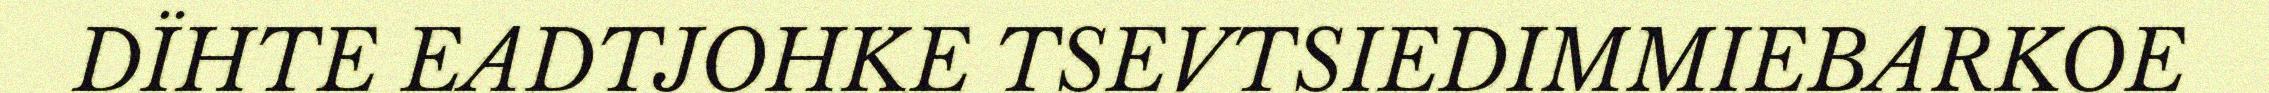
DÏHTE EADTJOHKE TSEVTSIEDIMMIEBARKOE